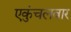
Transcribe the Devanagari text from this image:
एकुंचलवार